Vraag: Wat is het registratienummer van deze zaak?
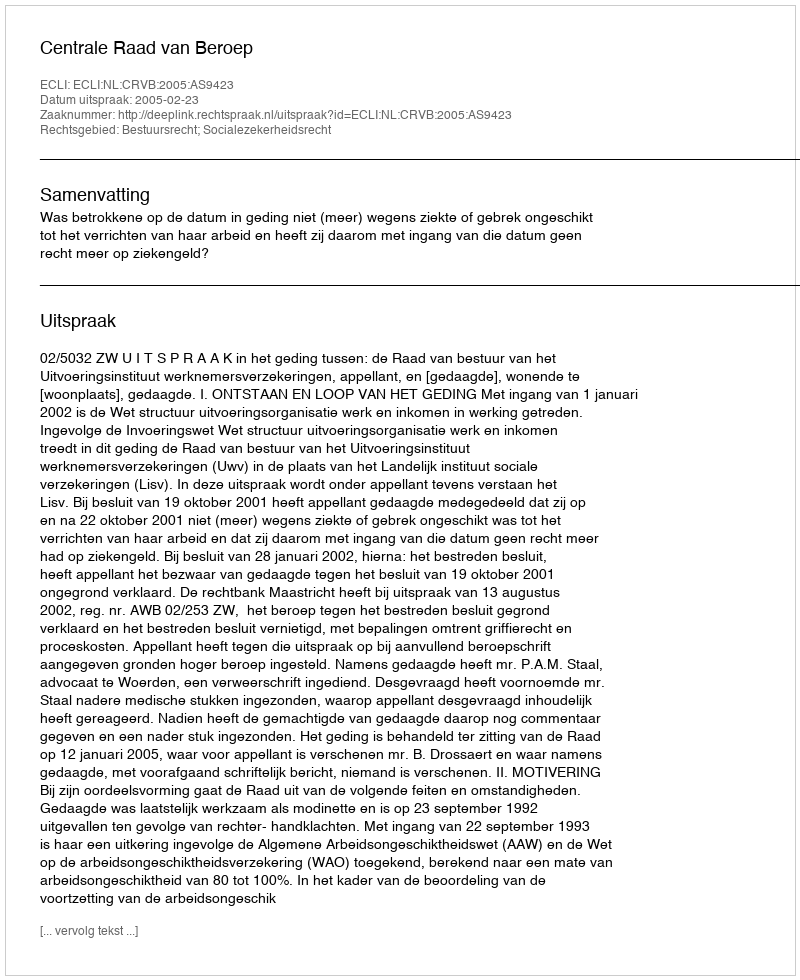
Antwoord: http://deeplink.rechtspraak.nl/uitspraak?id=ECLI:NL:CRVB:2005:AS9423